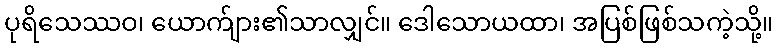
ပုရိသေဿဝ၊ ယောက်ျား၏သာလျှင်။ ဒေါသောယထာ၊ အပြစ်ဖြစ်သကဲ့သို့။